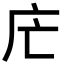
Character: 𢇜